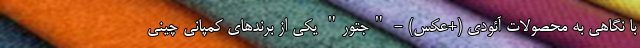
با نگاهی به محصولات آئودی (+عکس) - "جتور" یکی از برندهای کمپانی چینی